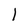
Character: l